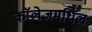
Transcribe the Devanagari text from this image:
काॅलेजमधिल